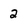
Character: 2